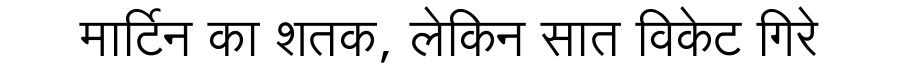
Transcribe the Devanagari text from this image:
मार्टिन का शतक, लेकिन सात विकेट गिरे